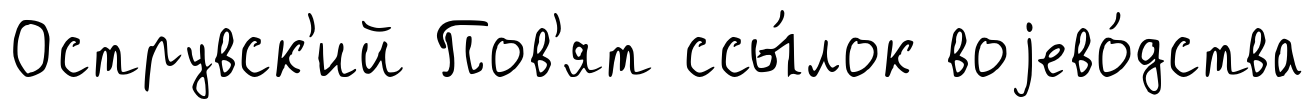
Острувск'ий Пов'ят ссы́лок воjево́дства